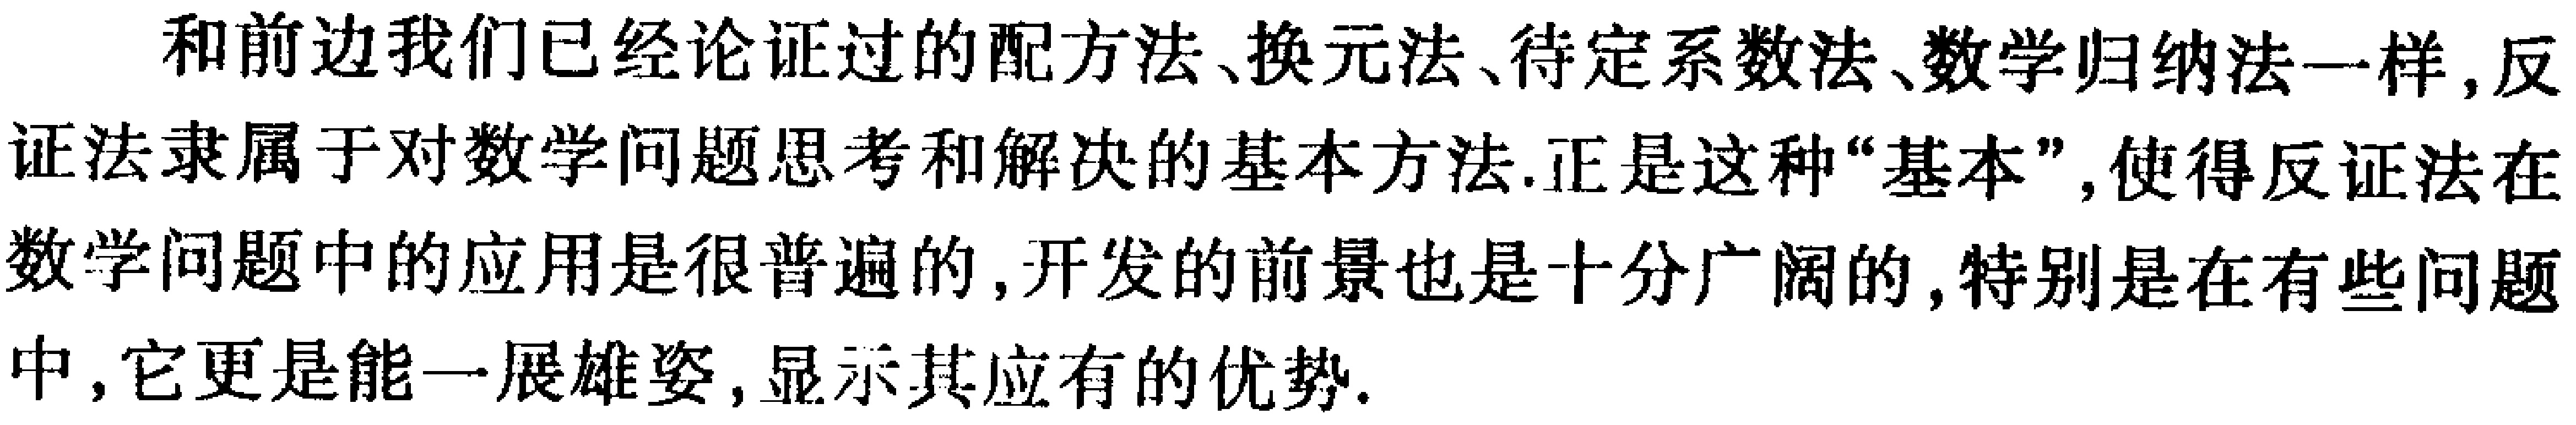
和前边我们已经论证过的配方法、换元法、待定系数法、数学归纳法一样,反证法隶属于对数学问题思考和解决的基本方法.正是这种“基本”,使得反证法在数学问题中的应用是很普遍的,开发的前景也是十分广阔的,特别是在有些问题中,它更是能一展雄姿,显示其应有的优势.